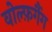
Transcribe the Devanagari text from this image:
वोल्फ़गैंग